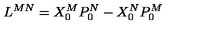
L ^ { M N } = X _ { 0 } ^ { M } P _ { 0 } ^ { N } - X _ { 0 } ^ { N } P _ { 0 } ^ { M }